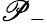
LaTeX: \mathscr{P}_{-}